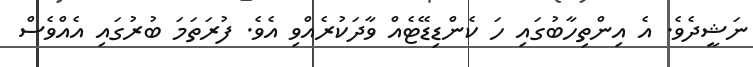
ނަޝީދެވެ. އެ އިންތިހާބުގައި ހަ ކެންޑިޑޭޓެއް ވާދަކުރެއްވި އެވެ. ފުރަތަމަ ބުރުގައި އެއްވެސް